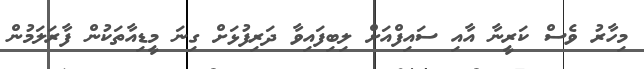
މިހާރު ވެސް ކަރީނާ އާއި ސައިފްއަށް ލިބިފައިވާ ދަރިފުޅަށް ގިނަ މީޑިއާތަކުން ފާރަލަމުން